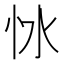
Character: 𢗷